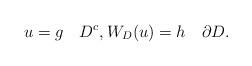
LaTeX: \begin{align*} u=g\quad D^c,W_D(u)=h\quad\partial D.\end{align*}